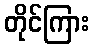
တိုင်ကြား